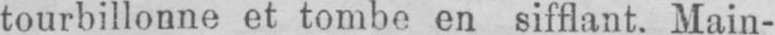
tourbillonne et tombe en sifflant. Main-